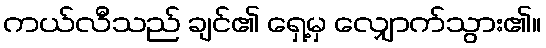
ကယ်လီသည် ချင်၏ ရှေ့မှ လျှောက်သွား၏။